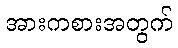
အားကစားအတွက်